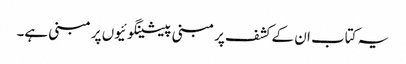
یہ کتاب ان کے کشف پر مبنی پیشینگوئیوں پر مبنی ہے۔